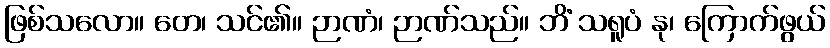
ဖြစ်သလော။ တေ၊ သင်၏။ ဉာဏံ၊ ဉာဏ်သည်။ ဘိံ သရူပံ နု၊ ကြောက်ဖွယ်